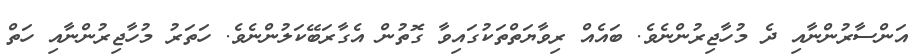
އަންސާރުންނާއި ދެ މުހާޖިރުންނެވެ. ބައެއް ރިވާޔަތްތަކުގައިވާ ގޮތުން އެގާރަބޭކަލުންނެވެ. ހަތަރު މުހާޖިރުންނާއި ހަތް